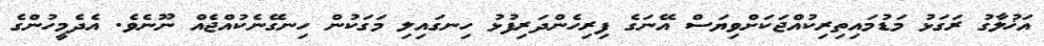
އަޚުލާގު ރަގަޅު މަޑުމައިތިރިކުއްޖަކަށްވިޔަސް އޭނަގެ ފިރިހެންދަރިފުޅު ހިނގައިލި މަގަކުން ހިނގޭނެކުއްޖެއް ނޫނެވެ. އެދެމީހުންގެ